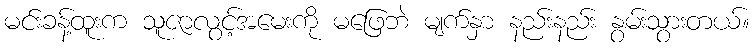
မင်းခန့်ထူးက သူဇာလွင့်အမေးကို မဖြေဘဲ မျက်နှာ နည်းနည်း နွမ်းသွားတယ်။